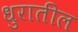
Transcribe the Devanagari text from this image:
धुरातील